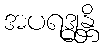
အပရဒ္ဓုန္တိ